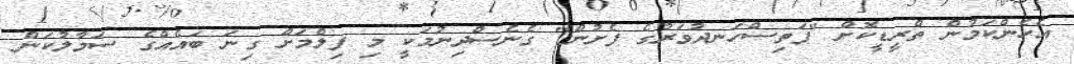
އެހެންކަމުން ތްރީޑީކޮށް "ފަތިސްހަނދުވަރުގެ ފެށުން" ގެނެސްދިނުމަކީ މި ފިލްމަށް ގިނަ ބައެއްގެ ސަމާލުކަން